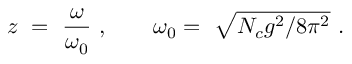
z \ = \ \frac \omega { \omega _ { 0 } } \ , \qquad \omega _ { 0 } = \ \sqrt { N _ { c } g ^ { 2 } / 8 \pi ^ { 2 } } \ .